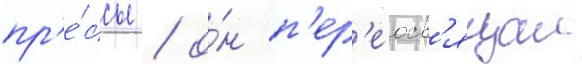
пр'е́ссы / о́н п'ер'еосв'ящал